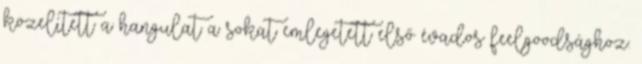
közelített a hangulat a sokat emlegetett első évados feelgoodsághoz.